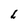
Character: L